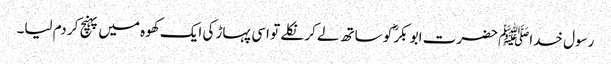
رسول خداﷺ حضرت ابو بکرؓ کو ساتھ لے کر نکلے تو اسی پہاڑ کی ایک کھوہ میں پہنچ کر دم لیا۔